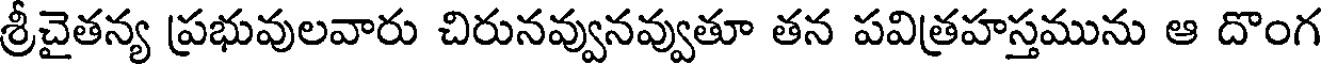
శ్రీచైతన్య ప్రభువులవారు చిరునవ్వునవ్వుతూ తన పవిత్రహస్తమును ఆ దొంగ